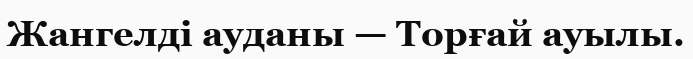
Жангелді ауданы — Торғай ауылы.